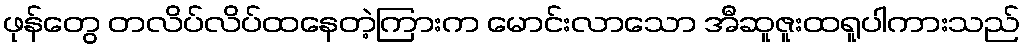
ဖုန်တွေ တလိပ်လိပ်ထနေတဲ့ကြားက မောင်းလာသော အီဆူဇူးထရူပါကားသည်